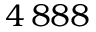
4 \, 8 8 8